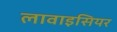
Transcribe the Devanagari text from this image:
लावाइसियर